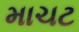
માચટ